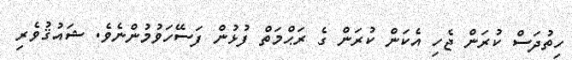
ހިތުދަސް ކުރަން ޖެހި އެކަން ކުރަން ގެ ރަޙްމަތް ފުޅުން ފަސޭހަވުމުންނެވެ. ޝައުޤުވެރި